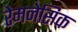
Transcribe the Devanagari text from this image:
रेमनेसिक